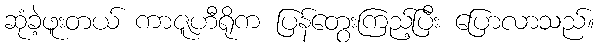
ဆုံခဲ့ဖူးတယ် ကာဇူဟီရိုက ပြန်တွေးကြည့်ပြီး ပြောလာသည်။